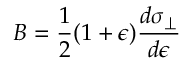
B = \frac { 1 } { 2 } ( 1 + \epsilon ) \frac { d \sigma _ { \perp } } { d \epsilon }